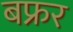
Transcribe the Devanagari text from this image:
बफ्रर